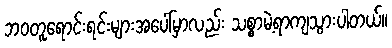
ဘဝတူရောင်းရင်းများအပေါ်မှာလည်း သစ္စာမဲ့ရာကျသွားပါတယ်။